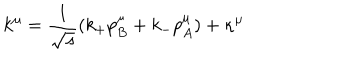
k ^ { \mu } = { \frac { 1 } { \sqrt s } } ( k _ { + } p _ { B } ^ { \mu } + k _ { - } p _ { A } ^ { \mu } ) + \kappa ^ { \mu }